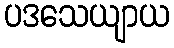
ပဒသေယျာယ